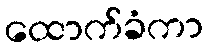
ထောက်ခံကာ